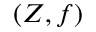
( Z , f )